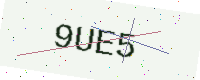
Text: 9UE5